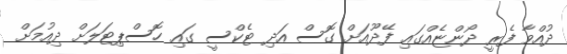
ދުއްވާ ފެރީ ދޯންޏެއްގައި ފޭދޫއަށް ގޮސް އަދި ޓެކްސީ ގައި ހޮސްޕިޓަލަށް ދިއުމަށް